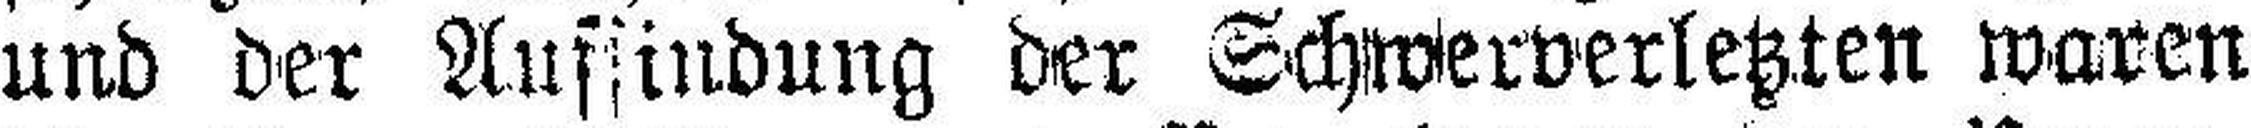
und der Auffindung der Schwerverletzten waren